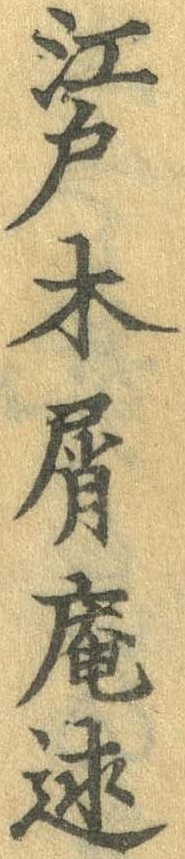
江戸木屑庵述